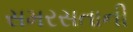
સમરસતાની